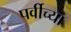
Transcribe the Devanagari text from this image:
पर्वीच्या